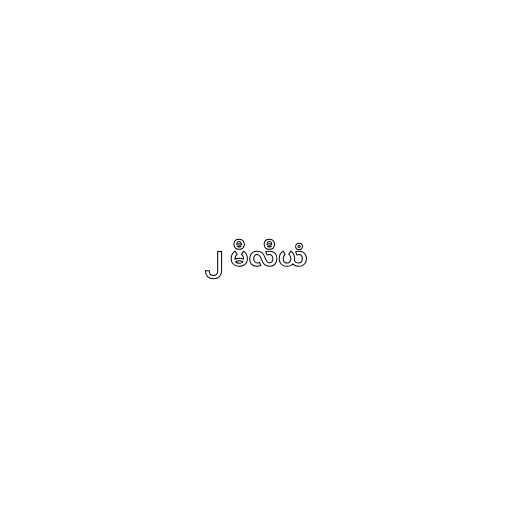
၂ မီလီယံ